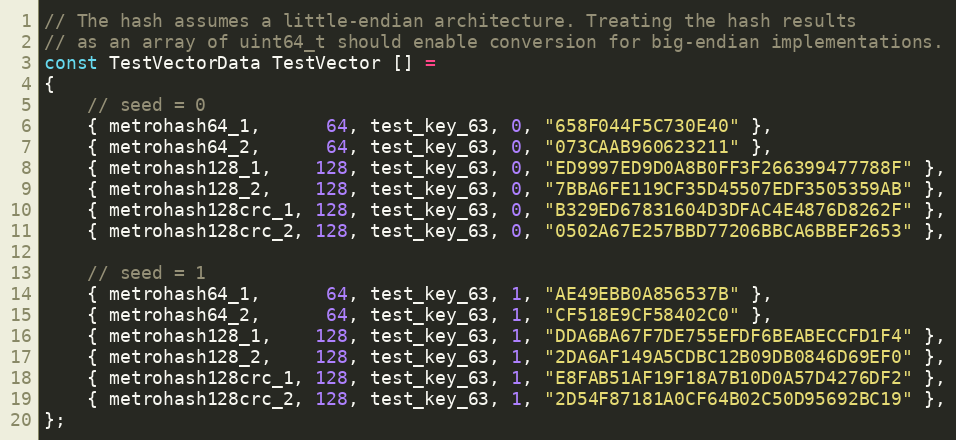
Language: C
// The hash assumes a little-endian architecture. Treating the hash results
// as an array of uint64_t should enable conversion for big-endian implementations.
const TestVectorData TestVector [] =
{
	// seed = 0
	{ metrohash64_1,      64, test_key_63, 0, "658F044F5C730E40" },
	{ metrohash64_2,      64, test_key_63, 0, "073CAAB960623211" },
	{ metrohash128_1,    128, test_key_63, 0, "ED9997ED9D0A8B0FF3F266399477788F" },
	{ metrohash128_2,    128, test_key_63, 0, "7BBA6FE119CF35D45507EDF3505359AB" },
	{ metrohash128crc_1, 128, test_key_63, 0, "B329ED67831604D3DFAC4E4876D8262F" },
	{ metrohash128crc_2, 128, test_key_63, 0, "0502A67E257BBD77206BBCA6BBEF2653" },

	// seed = 1
	{ metrohash64_1,      64, test_key_63, 1, "AE49EBB0A856537B" },
	{ metrohash64_2,      64, test_key_63, 1, "CF518E9CF58402C0" },
	{ metrohash128_1,    128, test_key_63, 1, "DDA6BA67F7DE755EFDF6BEABECCFD1F4" },
	{ metrohash128_2,    128, test_key_63, 1, "2DA6AF149A5CDBC12B09DB0846D69EF0" },
	{ metrohash128crc_1, 128, test_key_63, 1, "E8FAB51AF19F18A7B10D0A57D4276DF2" },
	{ metrohash128crc_2, 128, test_key_63, 1, "2D54F87181A0CF64B02C50D95692BC19" },
};